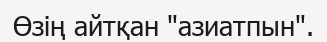
Өзің айтқан "азиатпын".